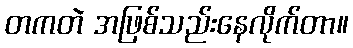
တကတဲ အဖြစ်သည်းနေလိုက်တာ။